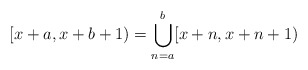
\begin{align*}[x+a,x+b+1)=\bigcup_{n=a}^{b}[x+n,x+n+1)\end{align*}